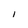
Character: I